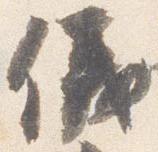
儀